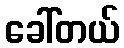
ခေါ်တယ်